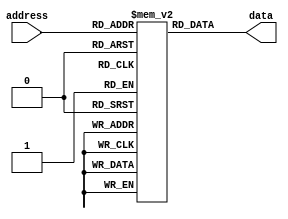
module otp_rom (
    input wire [7:0] address,
    output reg [7:0] data
);

reg [7:0] rom [0:255]; // Define the OTP ROM with 256 memory locations

initial begin
    // Initialize the OTP ROM with pre-defined data at specific memory locations
    // Example data: 0x00 at address 0, 0x0A at address 1, 0xFF at address 255
    rom[0] = 8'h00;
    rom[1] = 8'h0A;
    // Add more initializations for other memory locations as needed
end

always @(*) begin
    // Read data from the OTP ROM based on the input address
    data = rom[address];
end

endmodule